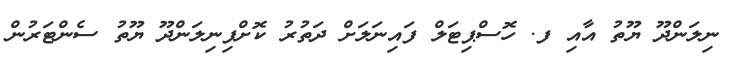
ނިލަންދޫ ޔޫތު އާއި ފ. ހޮސްޕިޓަލް ފައިނަލަށް ދަތުރު ކޮށްފިނިލަންދޫ ޔޫތު ސެންޓަރުން